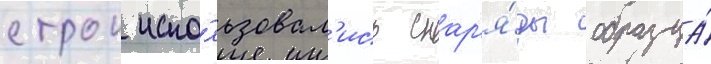
строи испо́льзовал'ись снар'я́ды образца́